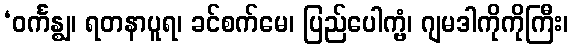
‘ဝင်္ကန္ဈ၊ ရတနာပူရ၊ ခင်စက်မေ၊ ပြည်ပေါက္ဗံ၊ ဂျမဒါကိုကိုကြီး၊